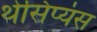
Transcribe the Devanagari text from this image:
थेसिप्यंस